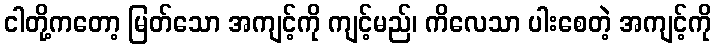
ငါတို့ကတော့ မြတ်သော အကျင့်ကို ကျင့်မည်၊ ကိလေသာ ပါးစေတဲ့ အကျင့်ကို